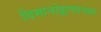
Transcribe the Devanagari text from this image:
विमानोड्डाणाच्या